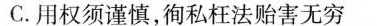
C.用权须谨慎，徇私枉法贻害无穷